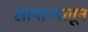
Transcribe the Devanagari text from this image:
सामान्यांतून